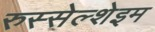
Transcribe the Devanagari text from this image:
रुस्सेल्शेइम